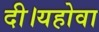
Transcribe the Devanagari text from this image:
दी।यहोवा